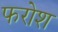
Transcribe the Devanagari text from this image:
फरोश